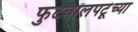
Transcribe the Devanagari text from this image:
फुटबॉलपटूंच्या